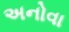
અનોવા